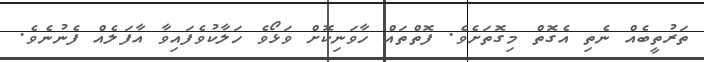
ތަރުތީބެއް ނެތި އެގޮތް މިގޮތަށެވެ. ފޮތްތައް ހާާވަނިކޮށް ވަޅޯވެ ހަލާކުވެފައިވާާ އާފަލެއް ފެނުނެވެ.